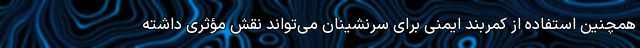
همچنین استفاده از کمربند ایمنی برای سرنشینان می‌تواند نقش مؤثری داشته